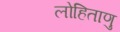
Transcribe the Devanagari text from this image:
लोहिताणु